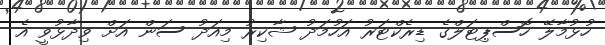
ހުޅުމާލޭ ހޮސްޕިޓަލްގެ ޑިރެކްޓަރު އަހުމަދު ޝާކިރު މިއަދު ސަން އަށް ވިދާޅުވީ އެ